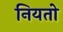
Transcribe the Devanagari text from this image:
नियतो